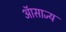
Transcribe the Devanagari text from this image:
ऑसाज्य